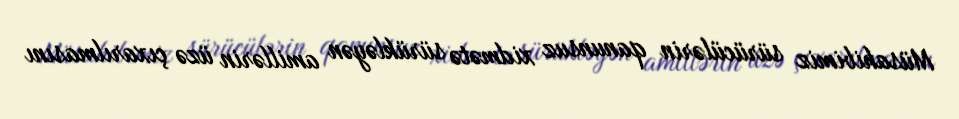
Müsahibimiz sürücülərin qanunsuz xidmətə sürükləyən amillərin üzə çıxarılmasını